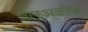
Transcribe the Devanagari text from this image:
तेलअबीव